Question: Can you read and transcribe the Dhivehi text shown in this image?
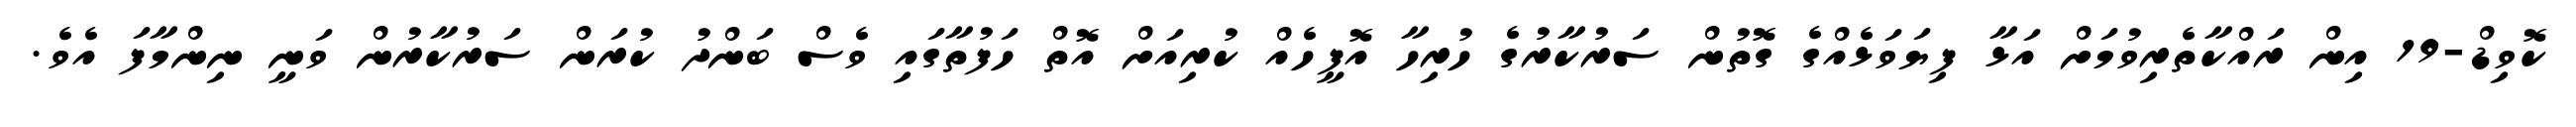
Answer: ކޮވިޑް-19 އިން ރައްކާތެރިވުމަށް އަޅާ ފިޔަވަޅެއްގެ ގޮތުން ސަރުކާރުގެ ހުރިހާ އޮފީހެއް ކުރިއަށް އޮތް ހަފުތާގައި ވެސް ބަންދު ކުރަން ސަރުކާރުން ވަނީ ނިންމާފަ އެވެ.